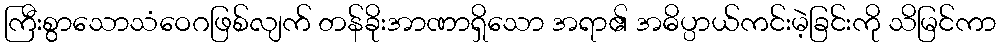
ကြီးစွာသောသံဝေဂဖြစ်လျက် တန်ခိုးအာဏာရှိသော အရာ၏ အဓိပ္ပာယ်ကင်းမဲ့ခြင်းကို သိမြင်ကာ